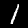
Label: 1